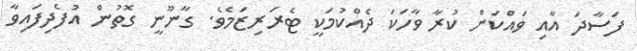
ފަސާދަ އާއި ވައްކަން ކުރާ ވާހަކަ ދެއްކުމަކީ ޓެރަރިޒަމެވެ. ގާނޫނީ ގޮތުން އުފެދިފައިވާ